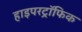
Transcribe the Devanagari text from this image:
हाइपरट्रॉफिक